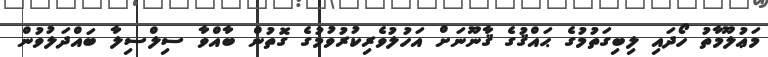
މަޢުލޫމާތު ހޯދައި ލިބިގަތުމުގެ ޙައްޤުގެ ޤާނޫނަށް އަހުލުވެރިކުރުވުމުގެ ގޮތުން ބާއްވާ ސިލްސިލާ ބައްދަލުވުން